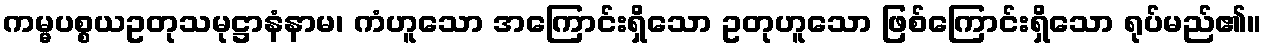
ကမ္မပစ္စယဥတုသမုဋ္ဌာနံနာမ၊ ကံဟူသော အကြောင်းရှိသော ဥတုဟူသော ဖြစ်ကြောင်းရှိသော ရုပ်မည်၏။